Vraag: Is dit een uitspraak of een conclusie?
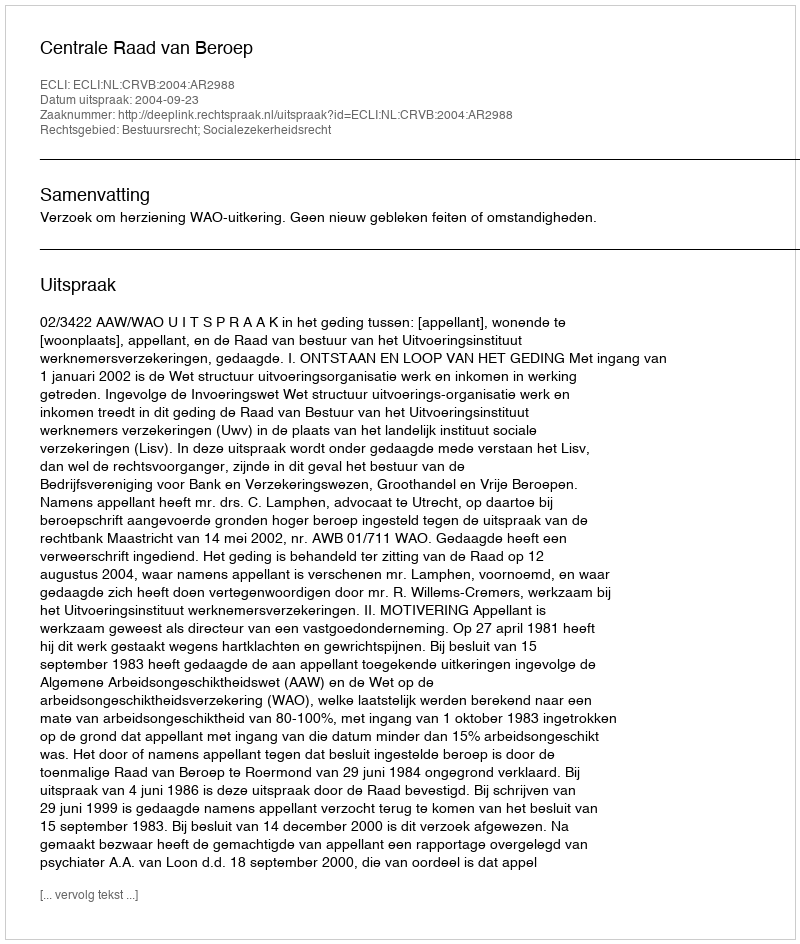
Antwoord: Uitspraak